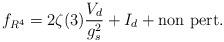
LaTeX: \begin{align*}f_{R^4}= 2\zeta(3) \frac{V_d}{g_s^2} + I_d + \mbox{non pert.}\end{align*}